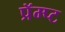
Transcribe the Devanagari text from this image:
प्रॅम्प्ट